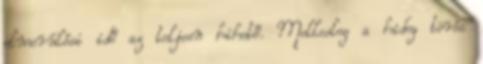
elmerülési idő az teljesn hihető. Mellesleg a hideg törés